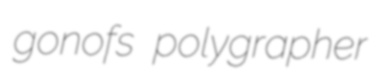
gonofs polygrapher